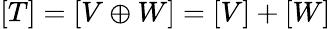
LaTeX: [T]=[V\oplus W]=[V]+[W]